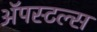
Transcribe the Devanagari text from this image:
ॲपस्टल्स